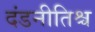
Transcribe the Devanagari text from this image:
दंडनीतिश्च